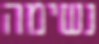
נשימה